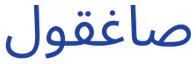
صاغقول